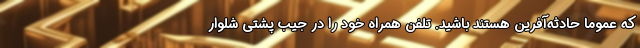
که عموما حادثه‌آفرین هستند باشید. تلفن همراه خود را در جیب پشتی شلوار